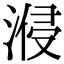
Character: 𣷽